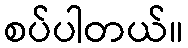
စပ်ပါတယ်။